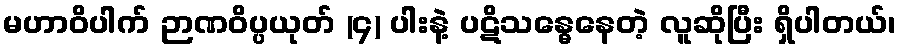
မဟာဝိပါက် ဉာဏဝိပ္ပယုတ် (၄) ပါးနဲ့ ပဋိသန္ဓေနေတဲ့ လူဆိုပြီး ရှိပါတယ်၊